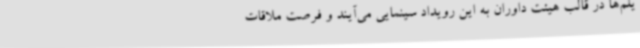
یلم‌ها در قالب هیئت داوران به این رویداد سینمایی می‌آیند و فرصت ملاقات